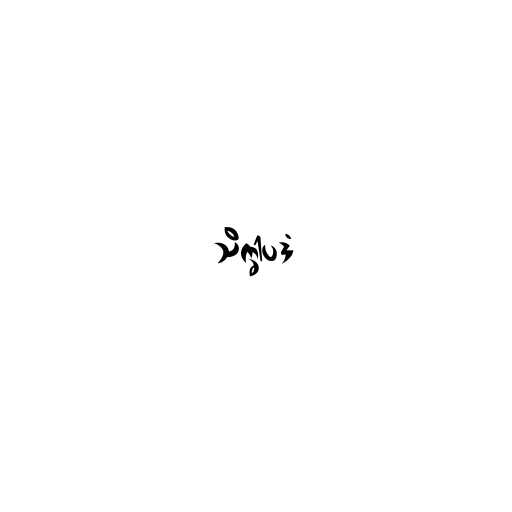
သိက္ခါပဒံ